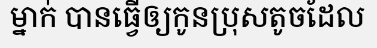
ម្នាក់ បានធ្វើឲ្យកូនប្រុសតូចដែល